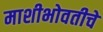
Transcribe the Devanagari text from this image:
माशीभोवतीचे